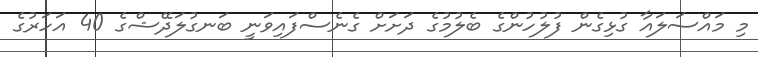
މި މައްސަލައާ ގުޅިގެން ފުލުހުންގެ ބެލުމުގެ ދަށަށް ގެނެސްފައިވަނީ ބަނގުލަދޭޝްގެ 40 އަހަރުގެ